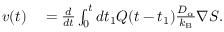
\begin{array} { r l } { v ( t ) } & { { } = \frac { d } { d t } \int _ { 0 } ^ { t } d t _ { 1 } Q ( t - t _ { 1 } ) \frac { D _ { \alpha } } { k _ { \mathrm { B } } } \nabla S . } \end{array}